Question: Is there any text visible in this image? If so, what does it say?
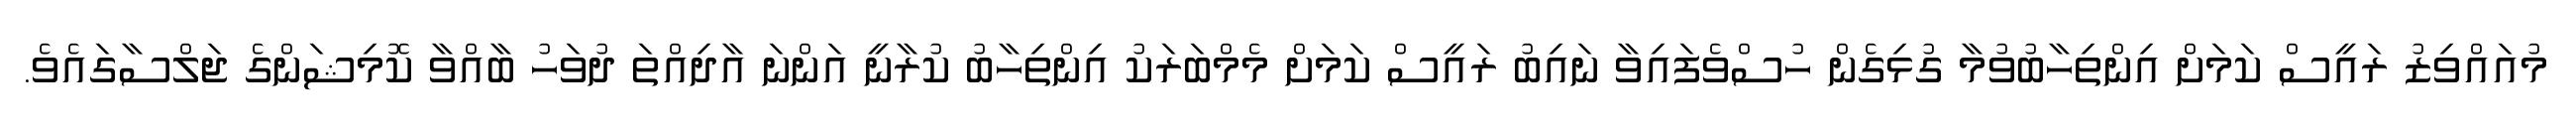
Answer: މުއައްވިޒު ރައީސް ކަމަށް އިންތިހާބުވުމާ ގުޅިގެން ހުސްވެފައިވާ ނައިބު ރައީސް ކަމަށް މެމްބަރަކު އިންތިހާބު ކުރާނީ އަންނަ އާދިއްތަ ދުވަހު ބާއްވާ ކޮމިޝަންގެ ޖަލްސާގައެވެ.